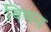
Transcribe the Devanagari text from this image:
विणन